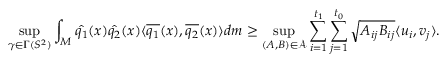
\operatorname* { s u p } _ { \gamma \in \Gamma ( S ^ { 2 } ) } \int _ { M } \hat { q _ { 1 } } ( x ) \hat { q _ { 2 } } ( x ) \langle \overline { { q _ { 1 } } } ( x ) , \overline { { q _ { 2 } } } ( x ) \rangle d m \geq \operatorname* { s u p } _ { ( A , B ) \in \mathcal { A } } \sum _ { i = 1 } ^ { t _ { 1 } } \sum _ { j = 1 } ^ { t _ { 0 } } \sqrt { A _ { i j } B _ { i j } } \langle u _ { i } , v _ { j } \rangle .